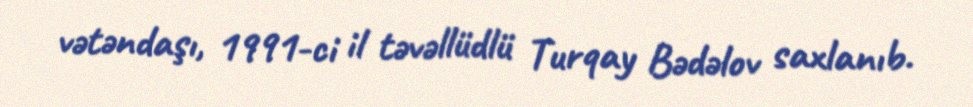
vətəndaşı, 1991-ci il təvəllüdlü Turqay Bədəlov saxlanıb.